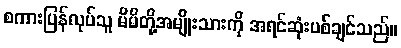
စကားပြန်လုပ်သူ မိမိတို့အမျိုးသားကို အရင်ဆုံးပစ်ချင်သည်။